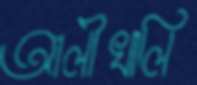
আলীখালি